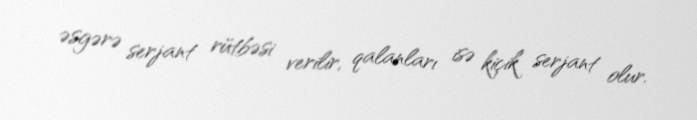
əsgərə serjant rütbəsi verilir, qalanları isə kiçik serjant olur.